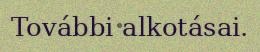
További alkotásai.